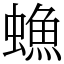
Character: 䗨